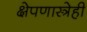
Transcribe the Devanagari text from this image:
क्षेपणास्त्रेही